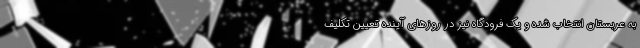
به عربستان انتخاب شده و یک فرودگاه نیز در روز‌های آینده تعیین تکلیف